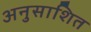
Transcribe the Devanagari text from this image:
अनुसाशित